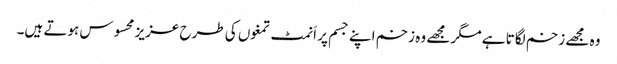
وہ مجھے زخم لگاتا ہے مگر مجھے وہ زخم اپنے جسم پر اَنمٹ تمغوں کی طرح عزیز محسوس ہوتے ہیں۔